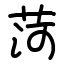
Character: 菏